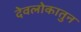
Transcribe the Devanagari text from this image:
देवलोकातुन